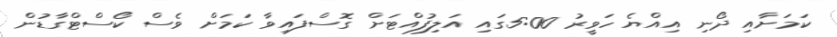
ކަމަށާއި ދޯނި އިއްޔެ ހަވީރު 5:00ގައި އަލިފުއްޓަށް ގޮސްފައިވާ ކަމަށް ވެސް ކޯސްޓްގާޑުން